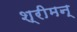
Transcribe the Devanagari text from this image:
श्रीमन्